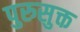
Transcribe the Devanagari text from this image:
पुरुसुक्त